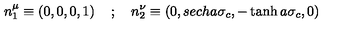
n _ { 1 } ^ { \mu } \equiv \left( 0 , 0 , 0 , 1 \right) \quad ; \quad n _ { 2 } ^ { \nu } \equiv \left( 0 , s e c h a \sigma _ { c } , - \tanh a \sigma _ { c } , 0 \right)